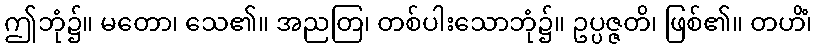
ဤဘုံ၌။ မတော၊ သေ၏။ အညတြ၊ တစ်ပါးသောဘုံ၌။ ဥပ္ပဇ္ဇတိ၊ ဖြစ်၏။ တဟိံ၊